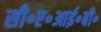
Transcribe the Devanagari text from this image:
सी॰ए॰आई॰बी॰